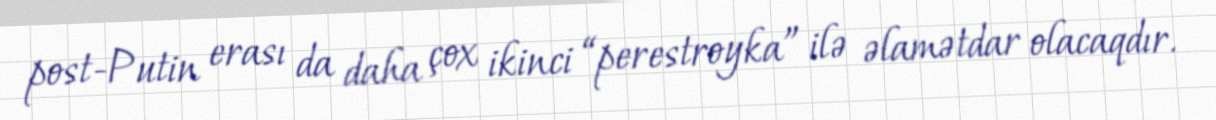
post-Putin erası da daha çox ikinci “perestroyka” ilə əlamətdar olacaqdır.